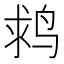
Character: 𪉌